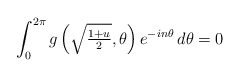
\begin{align*}\int_0^{2\pi}g\left(\textstyle\sqrt{\frac{1+u}{2}},\theta\right)e^{-in\theta}\,d\theta=0\end{align*}